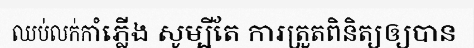
ឈប់លក់កាំភ្លើង សូម្បីតែ ការត្រួតពិនិត្យឲ្យបាន